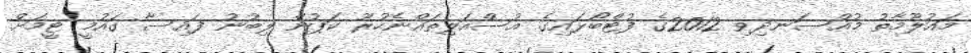
މައުލޫމާތު މުއްސަނދިވި 2012ގެ ފުޓްބޯޅައިގެ އުސްއަލިތައްނެހުރޫ ކަޕުން ލިބުނު ފައިސާ ގައުމީ ޓީމަށް